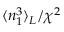
\langle n _ { 1 } ^ { 3 } \rangle _ { L } / \chi ^ { 2 }